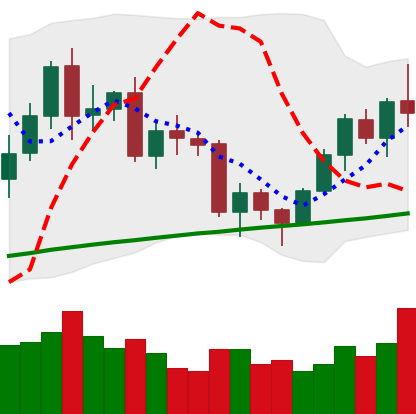
Ticker: BNB-USD
Chart end date: 2020-12-17
Forward return: 10.929%
Label: up_7plus